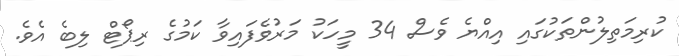
ކުރިމަތިލުންތަކުގައި އިއްޔެ ވެސް 34 މީހަކު މަރުވެފައިވާ ކަމުގެ ރިޕޯޓް ލިބެ އެވެ.